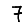
Digit: 7